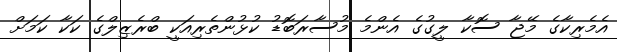
އެމެރިކާގެ މޭޖާ ސޮކާ ލީގުގެ އެންމެ މުސާރަބޮޑު ކުޅުންތެރިއަކީ ބްރެޒިލްގެ ކަކާ ކަމަށް